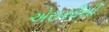
એસસીસી